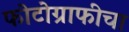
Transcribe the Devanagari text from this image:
फोटोग्राफीचा